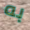
به